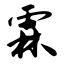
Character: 霖